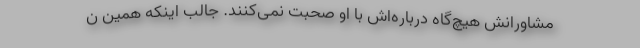
مشاورانش هیچ‌گاه درباره‌اش با او صحبت نمی‌کنند. جالب اینکه همین ن